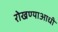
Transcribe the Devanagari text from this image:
रोखण्याआधी